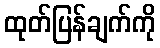
ထုတ်ပြန်ချက်ကို